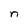
Character: n